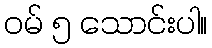
ဝမ် ၅ သောင်းပါ။